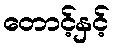
တောင့်နှင့်